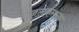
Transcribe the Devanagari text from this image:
गजलकरांना